Indian journal of veterinary science and animal husbandry - Volumes 18-21, 1948-1951
Year: 1948
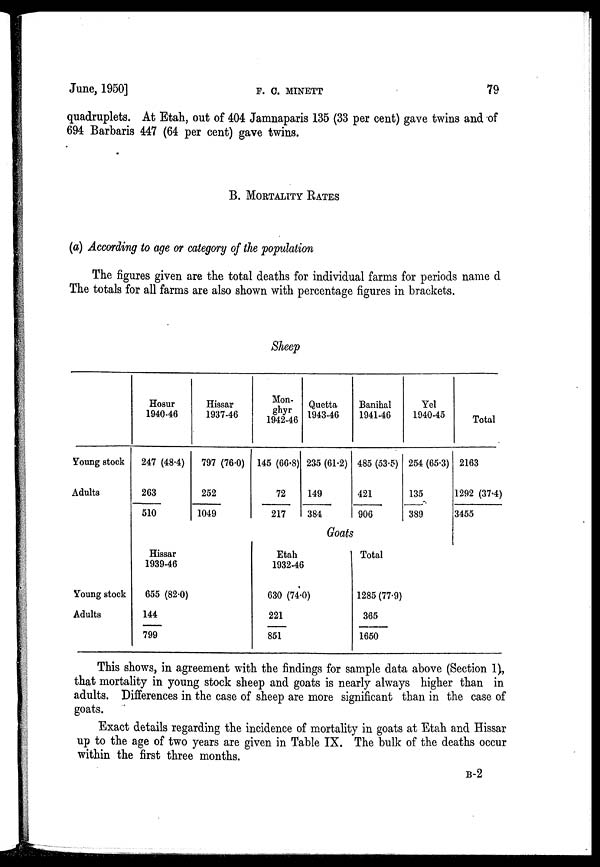
June, 1950]
F.
C.
MINETT
79
quadruplets. At Etah, out of 404 Jamnaparis 135 (33 per cent) gave twins and of
694 Barbaris 447 (64 per cent) gave twins.
B. MORTALITY RATES
(a) According to age or category of the population
The figures given are the total deaths for individual farms for periods name d
The totals for all farms are also shown with percentage figures in brackets.
Sheep
Young stock
Adults
Young stock
Adults
Hosur
1940-46
247 (48.4)
263 / 510
Hissar
1937-46
797 (76.0)
252 / 1049
Mon-
ghyr
1942-46
145 (66.8)
72 / 217
Quetta
1943-46
235 (61.2)
149 / 384
Banihal
1941-46
485 (53.5)
421 / 906
Yel
1940-45
254 (65.3)
135 / 389
Total
2163
1292 (37.4) / 3455
Goats
Hissar
1939-46
655 (82.0)
144 / 799
Etah
1932-46
630 (74.0)
221 / 851
Total
1285 (77.9)
365 / 1650
This shows, in agreement with the findings for sample data above (Section 1),
that mortality in young stock sheep and goats is nearly always higher than in
adults. Differences in the case of sheep are more significant than in the case of
goats.
Exact details regarding the incidence of mortality in goats at Etah and Hissar
up to the age of two years are given in Table IX. The bulk of the deaths occur
within the first three months.
B-2